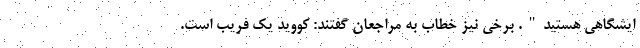
ایشگاهی هستید". برخی نیز خطاب به مراجعان گفتند: کووید یک فریب است.